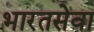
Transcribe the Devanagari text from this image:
भारतसेवा